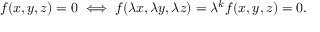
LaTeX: f ( x , y , z ) = 0 \iff f ( \lambda x , \lambda y , \lambda z ) = \lambda ^ { k } f ( x , y , z ) = 0 .